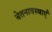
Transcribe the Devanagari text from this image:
चेतनावस्थाएँ